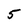
Character: 5